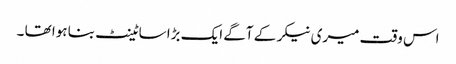
اس وقت میری نیکر کے آگے ایک بڑا سا ٹینٹ بنا ہوا تھا ۔